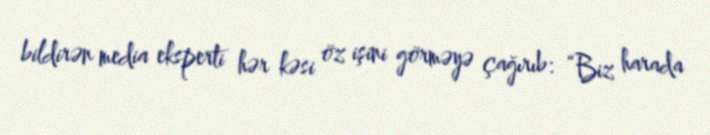
bildirən media eksperti hər kəsi öz işini görməyə çağırıb: “Biz harada